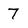
Character: 7